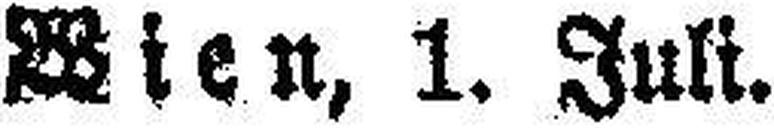
Wien, 1. Juli.